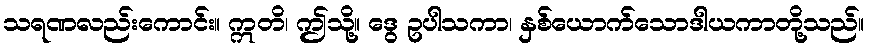
သရဏလည်းကောင်း။ ဣတိ၊ ဤသို့။ ဒွေ ဥပါသကာ၊ နှစ်ယောက်သောဒါယကာတို့သည်။